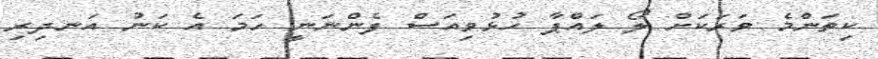
ކިތަންމެ ވަރަކަށް ލޯ ލައްޕާ ހުޅުވިއަސް ފެންނަނީ ހަމަ އެ ކަނު އަނދިރި